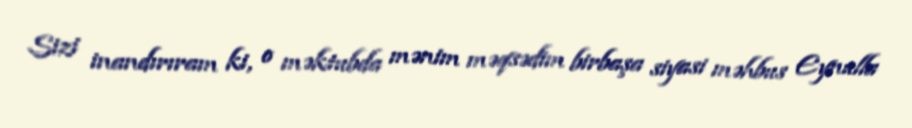
Sizi inandırıram ki, o məktubda mənim məqsədim birbaşa siyasi məhbus Eynulla